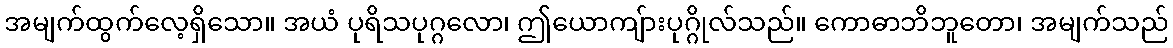
အမျက်ထွက်လေ့ရှိသော။ အယံ ပုရိသပုဂ္ဂလော၊ ဤယောကျ်ားပုဂ္ဂိုလ်သည်။ ကောဓာဘိဘူတော၊ အမျက်သည်